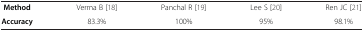
<table><thead><tr><td><b> </b></td><td><b> </b></td><td><b> </b></td><td><b> </b></td><td><b> </b></td></tr></thead><tbody><tr><td><b>Method</b></td><td>Verma B [18]</td><td>Panchal R [19]</td><td>Lee S [20]</td><td>Ren JC [21]</td></tr><tr><td><b>Accuracy</b></td><td>83.3%</td><td>100%</td><td>95%</td><td>98.1%</td></tr></tbody></table>